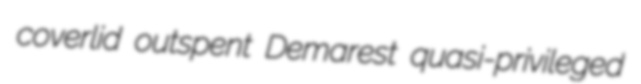
coverlid outspent Demarest quasi-privileged